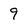
Character: 9